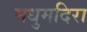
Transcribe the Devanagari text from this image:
मधुमदिरा